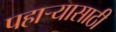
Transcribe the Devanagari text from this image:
पहार्‍यासाठी